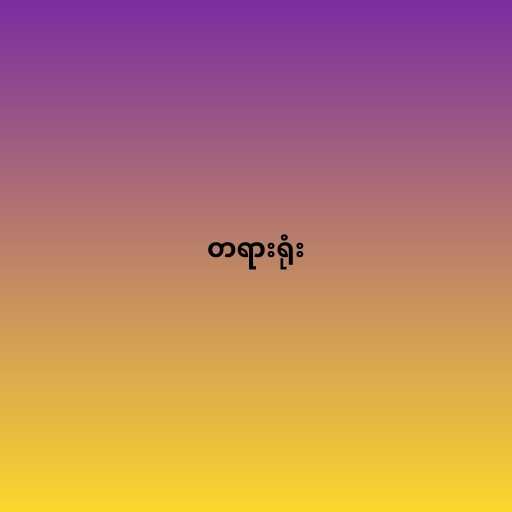
တရားရုံး